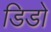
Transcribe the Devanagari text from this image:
डिडो